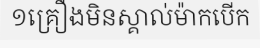
១គ្រឿងមិនស្គាល់ម៉ាកបើក